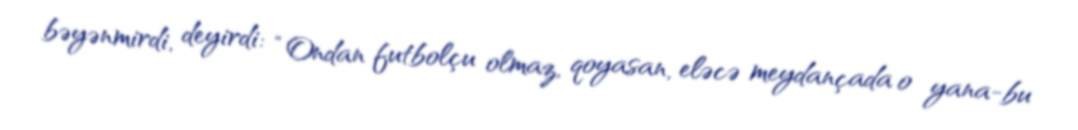
bəyənmirdi, deyirdi: “Ondan futbolçu olmaz, qoyasan, eləcə meydançada o yana-bu